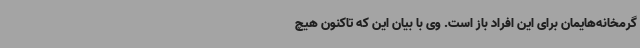
گرمخانه‌هایمان برای این افراد باز است. وی با بیان این که تاکنون هیچ